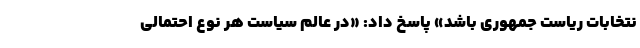
نتخابات ریاست جمهوری باشد» پاسخ داد: «در عالم سیاست هر نوع احتمالی